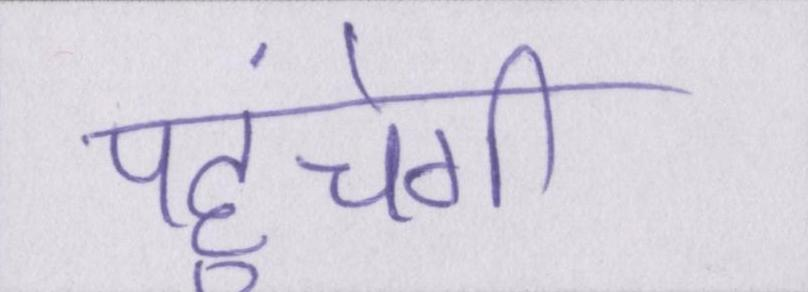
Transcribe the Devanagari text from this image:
पहुंचेगी